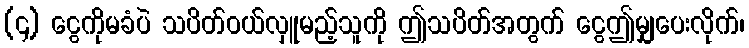
(၄) ငွေကိုမခံပဲ သပိတ်ဝယ်လှူမည့်သူကို ဤသပိတ်အတွက် ငွေဤမျှပေးလိုက်၊